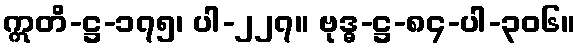
ဣတိ-ဋ္ဌ-၁၇၅၊ ပါ-၂၂၇။ ဗုဒ္ဓ-ဋ္ဌ-၈၄-ပါ-၃၀၆။